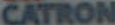
CATRON